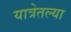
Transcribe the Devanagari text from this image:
यात्रेतल्या